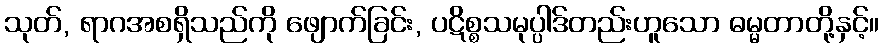
သုတ်, ရာဂအစရှိသည်ကို ဖျောက်ခြင်း, ပဋိစ္စသမုပ္ပါဒ်တည်းဟူသော ဓမ္မတာတို့နှင့်။